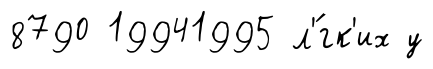
8790 19941995 л'́гк'их у